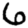
Digit: 6